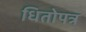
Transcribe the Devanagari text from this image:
धितोपत्र